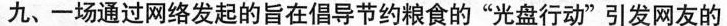
九、一场通过网络发起的旨在倡导节约粮食的”光盘行动”引发网友的